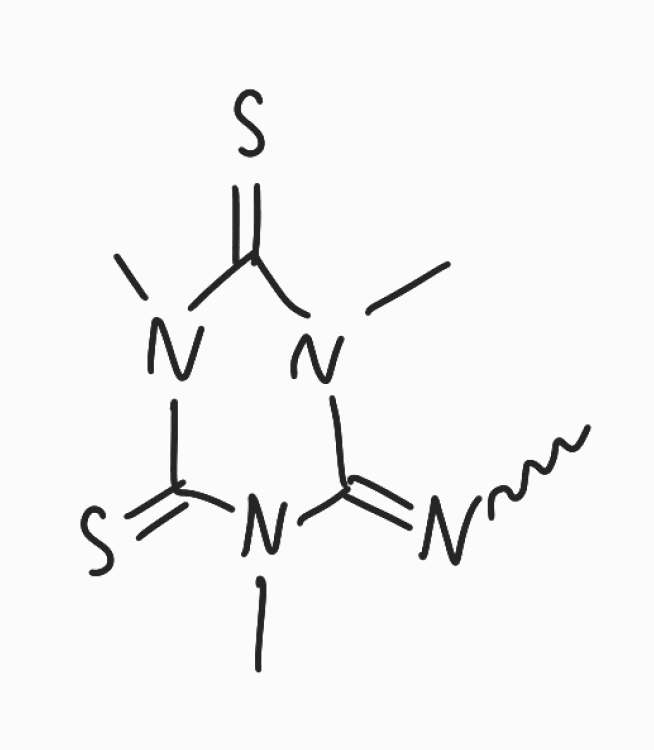
Simplified molecular-input line-entry system (SMILES) notation of the given molecule:
CN=C1N(C(=S)N(C(=S)N1C)C)C